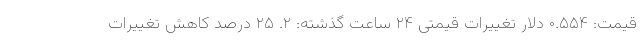
قیمت: ۰.۵۵۴ دلار تغییرات قیمتی ۲۴ ساعت گذشته: ۲. ۲۵ درصد کاهش تغییرات